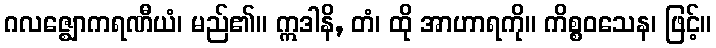
ဂလဇ္ဈောကရဏီယံ၊ မည်၏။ ဣဒါနိ, တံ၊ ထို အာဟာရကို။ ကိစ္စဝသေန၊ ဖြင့်။